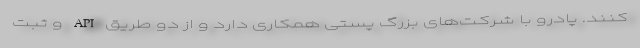
کنند. پادرو با شرکت‌های بزرگ پستی همکاری دارد و از دو طریق API و ثبت